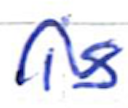
Text: is
Cross-out: wave
Writing tool: ballpoint